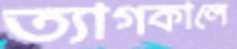
ত্যাগকালে